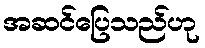
အဆင်ပြေသည်ဟု